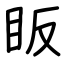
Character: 眅